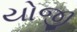
યોજી